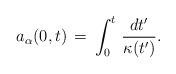
LaTeX: \begin{align*}a_{\alpha} (0, t) \, = \, \int_0^t \, {dt' \over \kappa (t')}.\end{align*}